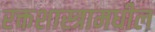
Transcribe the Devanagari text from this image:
रक्तशास्त्रामधील